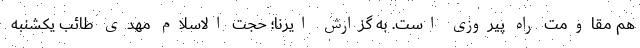
هم مقاومت راه پیروزی است. به گزارش ایرنا؛ حجت الاسلام مهدی طائب یکشنبه